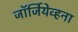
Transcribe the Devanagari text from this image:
जॉर्जियेव्हना